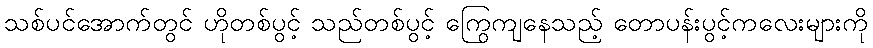
သစ်ပင်အောက်တွင် ဟိုတစ်ပွင့် သည်တစ်ပွင့် ကြွေကျနေသည့် တောပန်းပွင့်ကလေးများကို